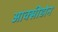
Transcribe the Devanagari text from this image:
आक्सीडोन